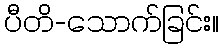
ပီတိ-သောက်ခြင်း။